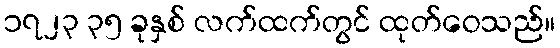
၁၇၂၃ ၃၅ ခုနှစ် လက်ထက်တွင် ထုတ်ဝေသည်။